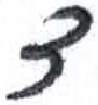
אות: ד